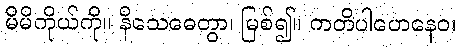
မိမိကိုယ်ကို။ နိသေဓေတွာ၊ မြစ်၍။ ကတိပါဟေနေဝ၊